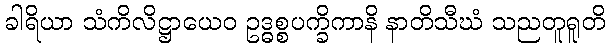
ခါရိယာ သံကိလိဋ္ဌာယေဝ ဥဒ္ဓစ္စပက္ခိကာနိ နာတိသီဃံ သညတူရူတိ